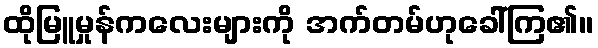
ထိုမြူမှုန်ကလေးများကို အက်တမ်ဟုခေါ်ကြ၏။